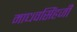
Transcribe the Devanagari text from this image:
माधवसिंहजी